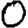
Digit: 0